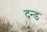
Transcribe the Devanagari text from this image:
दन्ड